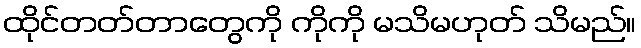
ထိုင်တတ်တာတွေကို ကိုကို မသိမဟုတ် သိမည်။